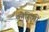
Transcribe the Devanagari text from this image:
क्रौसिंगों